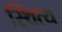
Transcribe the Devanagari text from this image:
स्थित्य